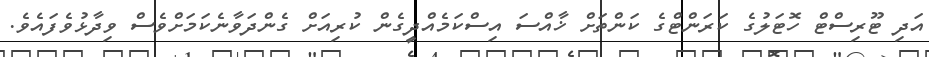
އަދި ޓޫރިސްޓް ހޮޓަލުގެ ކަރަންޓްގެ ކަންތަށް ޚާއްސަ އިސްކަމެއްދީގެން ކުރިއަށް ގެންދަވާނެކަމަށްވެސް ވިދާޅުވެފައެވެ.